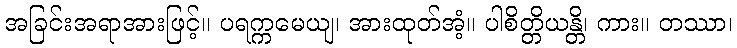
အခြင်းအရာအားဖြင့်။ ပရက္ကမေယျ၊ အားထုတ်အံ့။ ပါစိတ္တိယန္တိ၊ ကား။ တဿာ၊